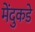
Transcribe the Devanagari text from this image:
मेंदुकडे